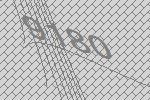
9180